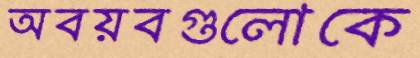
অবয়বগুলোকে